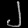
Digit: ၂